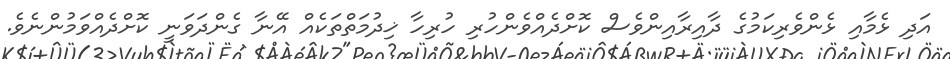
އަދި ޅެމާއި ޅެންވެރިކަމުގެ ދާއިރާއިންވެސް ކޮށްދެއްވެންހުރި ހުރިހާ ޚިދުމަތްތަކެއް އޭނާ ގެންދަވަނީ ކޮށްދެއްވަމުންނެވެ.